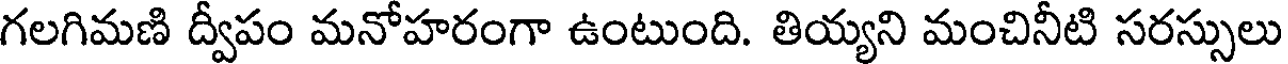
గలగిమణి ద్వీపం మనోహరంగా ఉంటుంది. తియ్యని మంచినీటి సరస్సులు